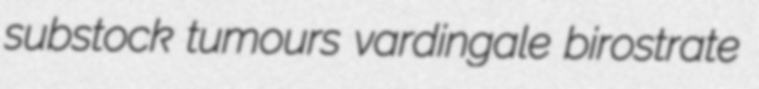
substock tumours vardingale birostrate